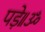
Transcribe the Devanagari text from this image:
पड़े॥ॐ